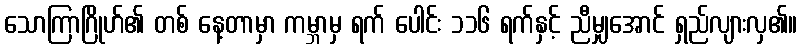
သောကြာဂြိုဟ်၏ တစ် နေ့တာမှာ ကမ္ဘာမှ ရက် ပေါင်း ၁၁၆ ရက်နှင့် ညီမျှအောင် ရှည်လျားလှ၏။